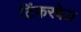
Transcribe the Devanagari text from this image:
टिंकरबेल